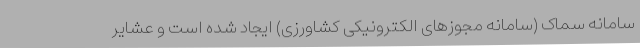
سامانه سماک (سامانه مجوزهای الکترونیکی کشاورزی) ایجاد شده است و عشایر